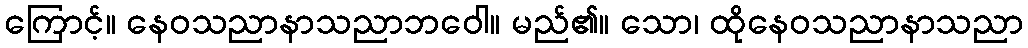
ကြောင့်။ နေဝသညာနာသညာဘဝေါ။ မည်၏။ သော၊ ထိုနေဝသညာနာသညာ